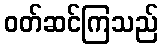
ဝတ်ဆင်ကြသည်